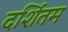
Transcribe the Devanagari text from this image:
दर्शितम